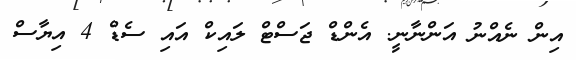
އިން ނެއްނު އަންނާނީ. އެންޑް ޖަސްޓް ލައިކް އައި ސެޑް 4 އިޔާސް